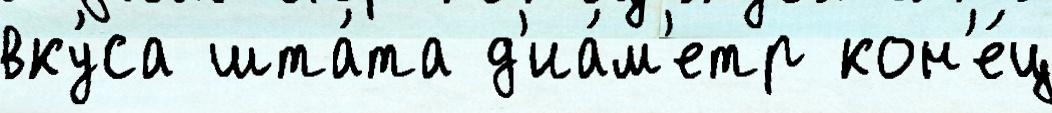
вку́са шта́та д'иа́м'етр кон'е́ц